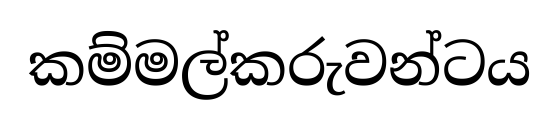
කම්මල්කරුවන්ටය